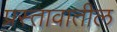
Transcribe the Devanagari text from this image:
प्रस्तावातील